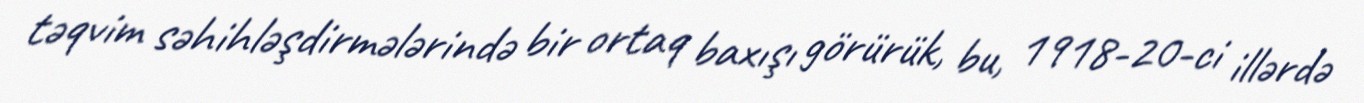
təqvim səhihləşdirmələrində bir ortaq baxışı görürük, bu, 1918-20-ci illərdə